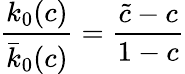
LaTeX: \frac{k_{0}(c)}{\bar{k}_{0}(c)}=\frac{\tilde{c}-c}{1-c}